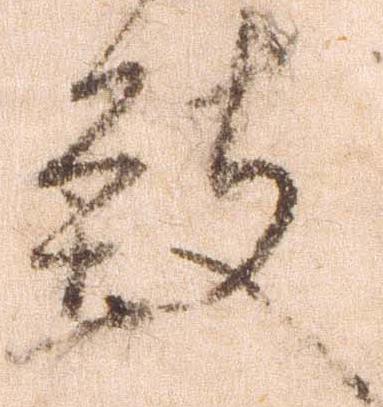
致